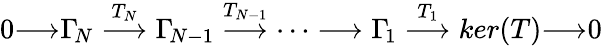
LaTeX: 0{\longrightarrow}\Gamma_{\! N}\stackrel{T_{N}}{\longrightarrow}\Gamma_{\! N-1}\stackrel{T_{N-1}}{\longrightarrow}\dots\longrightarrow\Gamma_{\! 1}\stackrel{T_{1}}{\longrightarrow}ker(T){\longrightarrow}0